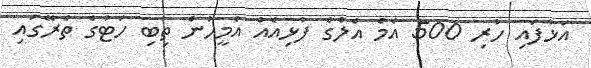
އަޅާފައި ހުރި 500 އެމް އެލްގެ ފުޅިއެއް އެމީހުން ތިބި ހަޓުގެ ތެރޭގައި